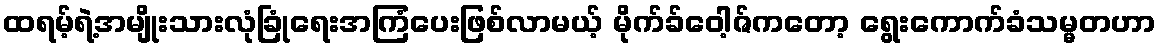
ထရမ့်ရဲ့အမျိုးသားလုံခြုံရေးအကြံပေးဖြစ်လာမယ့် မိုက်ခ်ဝေါ့ဇ်ကတော့ ရွေးကောက်ခံသမ္မတဟာ